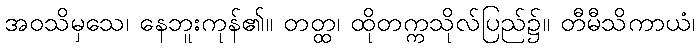
အဝသိမှသေ၊ နေဘူးကုန်၏။ တတ္ထ၊ ထိုတက္ကသိုလ်ပြည်၌။ တီမီသိကာယံ၊